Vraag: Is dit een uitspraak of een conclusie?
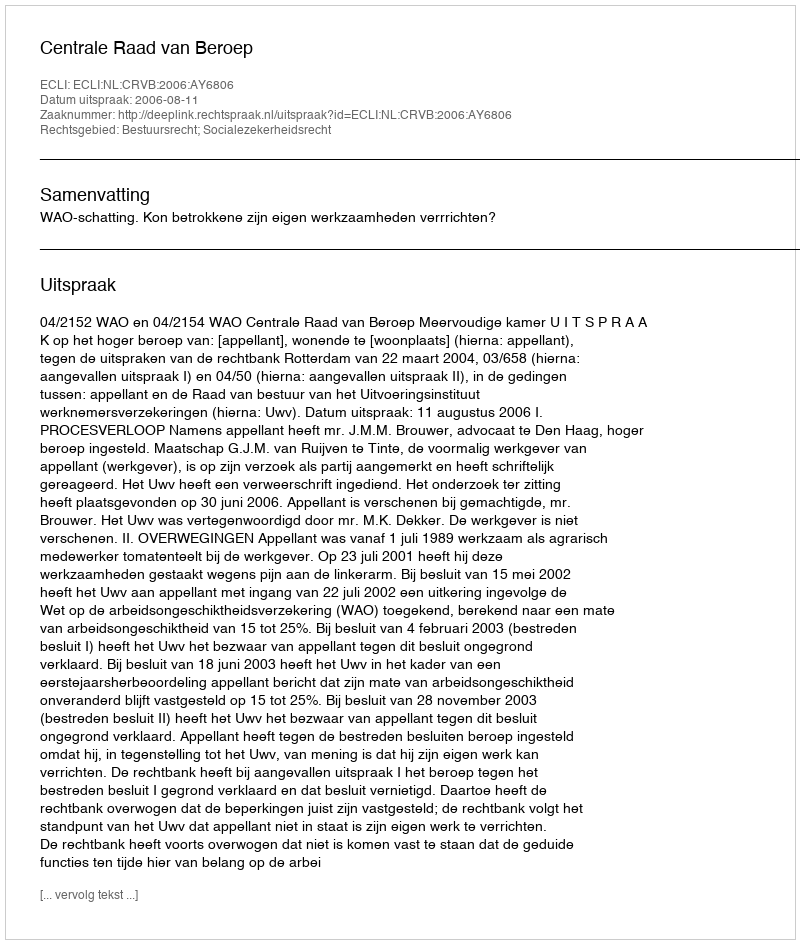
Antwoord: Uitspraak